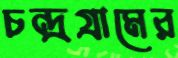
চন্দ্রগ্রামের